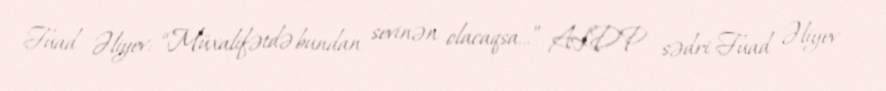
Fuad Əliyev: “Müxalifətdə bundan sevinən olacaqsa...” ALDP sədri Fuad Əliyev